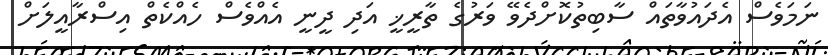
ނަމަވެސް އެދައުވާތައް ސާބިތުކޮށްދެވޭ ވަރުގެ ތާރީޚީ އަދި ދީނީ އެއްވެސް ހެއްކެތް އިސްރާއީލަށް